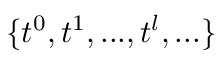
\{ t ^ { 0 } , t ^ { 1 } , . . . , t ^ { l } , . . . \}